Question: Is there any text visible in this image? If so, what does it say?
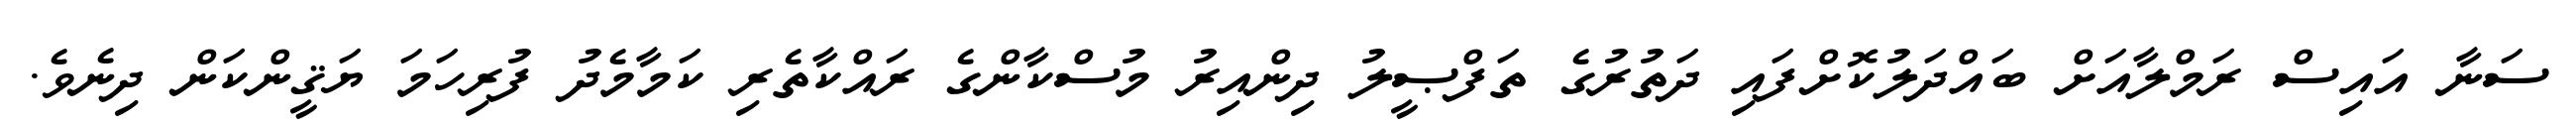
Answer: ސަނާ އައިސް ރަމްލާއަށް ބައްދަލުކޮށްފައި ދަތުރުގެ ތަފްޞީލު ދިންއިރު މުސްކާންގެ ރައްކާތެރި ކަމާމެދު ފުރިހަމަ ޔަޤީންކަން ދިނެވެ.